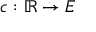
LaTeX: c : \mathbb { R } \to E